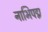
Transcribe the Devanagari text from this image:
नाभिपद्म